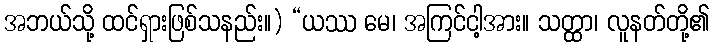
အဘယ်သို့ ထင်ရှားဖြစ်သနည်း။) “ယဿ မေ၊ အကြင်ငါ့အား။ သတ္ထာ၊ လူနတ်တို့၏